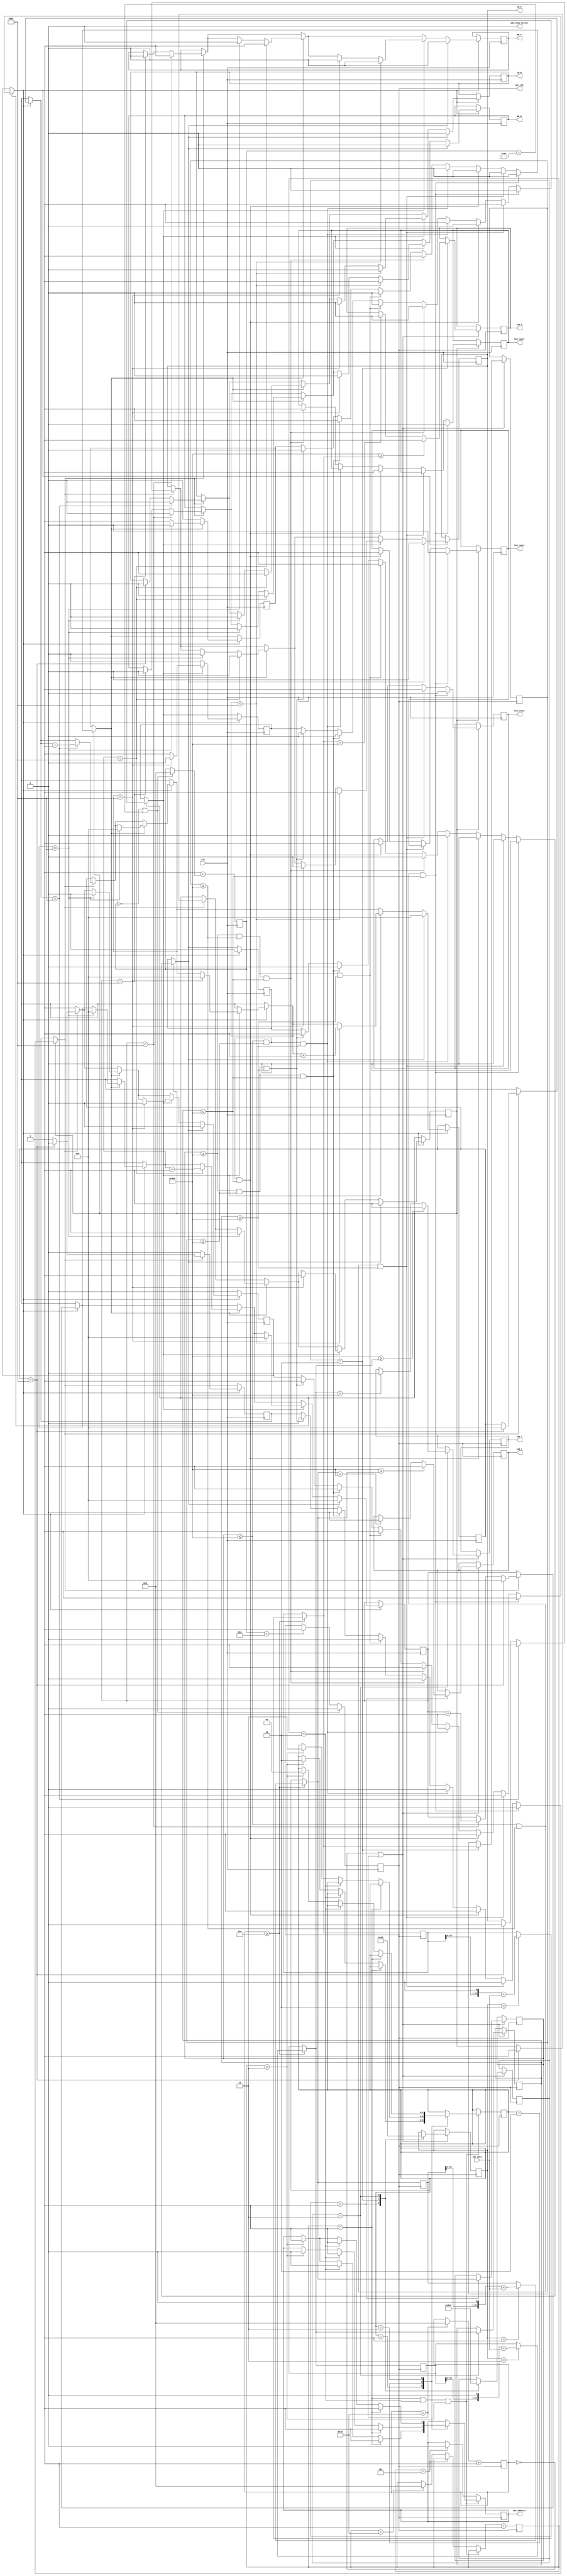

module Line_Follower (

      // GLOBAL CLOCK 
		
		input clk ,
	 
	  // ADC DATA AND ADDRESS DECLARATION  
	 
      input  adc_data ,
	   output adc_chip_select ,
	   output adc_address ,
	   output adc_clk ,	
		 
		output RW_F ,              // Right wheel front side  
		output RW_B ,					// Right wheel front side
		output LW_F ,					// Left wheel  front side
		output LW_B ,					// Left wheel  front side
		
		output led_r ,
		output led_m ,
		output led_l ,
		
		output led_test1 ,
		output led_test2 ,
		output led_test3 
		
		
	) ;


// --- ADC PARAMETERS INITALIZATION 
	
	
// ___ adc clock declarations ___ 
	
reg    [4:0]counter_25  = 5'b0 ;
reg    clk_adc          = 0    ;
assign adc_clk          = clk_adc   ;


// ___ adc chip select declarations ___ 

wire   [1:0] chip_select_adc  = 2'b0 ;
assign adc_chip_select        = chip_select_adc ;


// ___ adc address declarations ____ 

reg    address_adc            = 0 ;
assign adc_address           = address_adc ;
reg    [4:0] address_counter = 5'b00 ;

localparam 
				df_1 = 2'b01 ,
			   df_2 = 2'b10 ,
				df_3 = 2'b11 ;
				
reg [1:0]cs = df_1 ;

reg  [4:0]channel_counter = 5'b00 ;

localparam 
            channel_1 = 2'b01 ,
				channel_2 = 2'b10 ,
				channel_3 = 2'b11 ;

reg [4:0] cc = channel_1 ;


// adc data declarations 

reg [11:0] L_linesensor = 0 ; 		  // channel 5 of ADC
reg [11:0] C_linesensor = 0 ;         // channel 6 of ADC	
reg [11:0] R_linesensor = 0 ;         // channel 7 of ADC

reg [11:0] Data_ch5 = 0 ;
reg [11:0] Data_ch6 = 0 ;
reg [11:0] Data_ch7 = 0 ;

reg [11:0]Data_1 = 0; 
reg [11:0]Data_2 = 0;
reg [11:0]Data_3 = 0;

localparam 
            data_1 = 2'b01 ,
				data_2 = 2'b10 ,
				data_3 = 2'b11 ;
				
reg [1:0] cf = data_1 ;

	
	
// --- MOTOR PARAMATERS INITALIZATION 
	
reg [11:0]white_threshold 		       		=  12'b010011011010 ; // <---| > 1V 
reg [7:0]lower_dutycycle_threshold  =  0 ; // <---| 20 % 
reg [7:0]upper_dutycycle_threshold  =  0 ; // <---| 90 % 
reg [7:0]stop_dutycycle_threshold   =  0 ; // <---|  0 %

reg [7:0]pwm_counter_r = 8'b0 ;
reg [7:0]pwm_counter_l = 8'b0 ;

reg rw_f = 0 ;
reg rw_b = 0 ;
reg lw_f = 0 ;
reg lw_b = 0 ;

reg [7:0]rw_dutycycle = 0 ;
reg [7:0]lw_dutycycle = 0 ;

assign RW_F =  rw_f ;
assign RW_B =  rw_b ;
assign LW_F =  lw_f ;
assign LW_B =  lw_b ;


reg flag_normal_movement  		= 0  ;
reg flag_right_movement  	   = 0  ;
reg flag_left_movement  		= 0  ;
reg flag_stop_movement        = 0  ;
reg flag_action               = 0  ;
reg flag_decision             = 1  ;
reg flag_pwm                  = 0  ;




reg t1_led = 0 ;
reg t2_led = 0 ;
reg t3_led = 0 ;

reg r_led = 0 ;
reg m_led = 0 ;
reg l_led = 0 ;

assign led_r = r_led ;
assign led_m = m_led ;
assign led_l = l_led ;

assign led_test1 = t1_led ;
assign led_test2 = t2_led ;
assign led_test3 = t3_led ;
reg [10:0]left_thresh = 100;
reg [10:0]right_thresh = 100;




always @ (posedge clk )
begin
	
// --- 	MAIN LOOP WHICH DETECT THRESHOLD AND TAKE DECISION
			
/*      ___ OPERATION NAME ___			___ CONFIGURATION  ( L C R ) ___			___ CASE ___ 		___ ACTION ___*/     
	
// 		    OFF TRACK             				     W W W 	                           1						STOP 
//			    LEFT SHIFT							        W W B                             2						RIGHT MOVEMENT
//		     NORMAL OPERATION        			        W B W                             3						NORMAL FORWARD 
//          NOT POSSIBLE                          W B B 		                        4						STOP
//          RIGHT SHIFT				                 B W W                             5						LEFT MOVEMENT
//          NOT POSSIBLE                          B W B                             6						STOP
//          NOT POSSIBLE                          B B W  	                        7						STOP
//         NODE DETECTION 				              B B B                             8						STOP


if ( flag_decision == 1 )
begin

// CASE : 1 
	
	if ( L_linesensor <= white_threshold & C_linesensor <= white_threshold & R_linesensor <= white_threshold)
	begin 
		
		t1_led = 0;
		t2_led = 0;
		t3_led = 0;
		flag_normal_movement  		= 0  ;
		flag_right_movement  	   = 0  ;
		flag_left_movement  		   = 0  ;
		flag_stop_movement         = 0  ;
		flag_pwm                   = 1  ;
		flag_action                = 1  ;
		
	end 
	

// CASE : 2 
	
	else if ( L_linesensor <= white_threshold & C_linesensor <= white_threshold & R_linesensor >= white_threshold)
	begin
		t3_led = 1;
		flag_normal_movement  		= 0  ;
		flag_right_movement  	   = 0  ;
		flag_left_movement  		   = 1  ;
		flag_stop_movement         = 0  ;
		flag_pwm                   = 1  ;
		flag_action                = 1  ;
		
	end
	
	
// CASE : 3 
		
	else if ( L_linesensor <= white_threshold & C_linesensor >= white_threshold & R_linesensor <= white_threshold)
	begin
		t1_led = 1;
		t2_led = 1;
		t3_led = 1;
		flag_normal_movement  		= 1  ;
		flag_right_movement  	   = 0  ;
		flag_left_movement  		   = 0  ;
		flag_stop_movement         = 0  ;
		flag_pwm                   = 1  ;
		flag_action                = 1  ;
		
	end
	
	
// CASE : 4 
	
	else if ( L_linesensor <= white_threshold & C_linesensor >= white_threshold & R_linesensor >= white_threshold)
	begin
	
		flag_normal_movement  		= 0  ;
		flag_right_movement  	   = 0  ;
		flag_left_movement  		   = 1  ;
		flag_stop_movement         = 0  ;
		flag_pwm                   = 1  ;
		flag_action                = 1  ;

		
	end
	
	
// CASE : 5 
		
	else if ( L_linesensor >= white_threshold & C_linesensor <= white_threshold & R_linesensor <= white_threshold)
	begin
		t1_led = 1;
		flag_normal_movement  		= 0  ;
		flag_right_movement  	   = 1  ;
		flag_left_movement  		   = 0  ;
		flag_stop_movement         = 0  ;
		flag_pwm                   = 1  ;
		flag_action                = 1  ;
	
	end
	

// CASE : 6 
		
	else if ( L_linesensor >= white_threshold & C_linesensor <= white_threshold & R_linesensor >= white_threshold)
	begin
	
		flag_normal_movement  		= 0  ;
		flag_right_movement  	   = 0  ;
		flag_left_movement  		   = 0  ;
		flag_stop_movement         = 1  ;
		flag_pwm                   = 1  ;
		flag_action                = 1  ;

	end
	
	
// CASE : 7  
	
	else if ( L_linesensor >= white_threshold & C_linesensor >= white_threshold & R_linesensor <= white_threshold)
	begin
	
		flag_normal_movement  		= 0  ;
		flag_right_movement  	   = 1  ;
		flag_left_movement  		   = 0  ;
		flag_stop_movement         = 0  ;
		flag_pwm                   = 1  ;
		flag_action                = 1  ;
		
	end
	
	 
// CASE : 8 	
	
	else if ( L_linesensor >= white_threshold & C_linesensor >= white_threshold & R_linesensor >= white_threshold)
	begin

		flag_normal_movement  		= 0  ;
		flag_right_movement  	   = 0  ;
		flag_left_movement  		   = 0  ;
		flag_stop_movement         = 1  ;
		flag_pwm                   = 1  ;
		flag_action                = 1  ;
	
	end

end 	

	
	
// --- PART OF CODE WHICH WILL DECIDE HOW MUCH PWM TO SUPPLY TO LEFT AND RIGHT MOTORS 
	
/*      ___ FLAG RAISED ___        ___ DUTY CYCLES ___   */
 
//          stop_movement                 left  : 0 %
//                                        right : 0 %
          
//          right_movement                left  : lower dutycycle threshold ( eg  : 20 % ) 
//                                        right : upper dutycycle threshold ( eg  : 90 % )

//          left_movement                 left  :  upper dutycycle threshold ( eg : 20 % )
//                                        right :  lower dutycycle threshold ( eg : 90 % )

//          normal_movement               left  :  upper dutycycle threshold ( eg : 90 % )
//                                        right :  upper dutycycle threshold ( eg : 90 % )
 	
	
//if (flag_action == 1 )
//begin
//
//	if ( flag_stop_movement == 1 )
//	begin
//	
//		rw_dutycycle = stop_dutycycle_threshold ;
//	   lw_dutycycle = stop_dutycycle_threshold ;	
//		flag_decision              = 0  ;
//		flag_pwm                   = 1  ;
//		flag_action                = 0  ;
//	
//	end 
//	
//	
//	
//	else if (flag_right_movement == 1)
//	begin 
//	
//		rw_dutycycle = upper_dutycycle_threshold  ;
//		lw_dutycycle = lower_dutycycle_threshold  ;
//		flag_decision              = 0  ;
//		flag_pwm                   = 1  ;
//		flag_action                = 0  ;
//		
//	end 
//	
//	
//	
//	else if (flag_left_movement == 1)
//	begin 
//	
//		lw_dutycycle = upper_dutycycle_threshold  ;
//		rw_dutycycle = lower_dutycycle_threshold  ;
//		flag_decision              = 0  ;
//		flag_pwm                   = 1  ;
//		flag_action                = 0  ;
//	
//	end
//
//	
//	
//	else if (flag_right_movement == 1)
//	begin 
//	
//		rw_dutycycle = upper_dutycycle_threshold  ;
//		lw_dutycycle = upper_dutycycle_threshold  ;
//		flag_decision              = 0  ;
//		flag_pwm                   = 1  ;
//		flag_action                = 0  ;
//		
//	end 
//
//end 


if (flag_pwm == 1 )
begin 
//	t1_led = 1;
// NORMAL MOVEMENT 

		if (flag_normal_movement == 1)
		begin
		
				if (pwm_counter_r == right_thresh) 
				begin
					
					rw_f = 0 ;
					rw_b = 0 ;
				
				end
		   
				if (pwm_counter_r < right_thresh )
				begin
		
					rw_f = 1 ;
					rw_b = 0 ;
					pwm_counter_r = pwm_counter_r + 1 ;
			
				end 
		 
			 if (pwm_counter_l == left_thresh )
			 begin
		      
					lw_f = 0 ;
					lw_b = 0 ; 
					flag_normal_movement = 0 ;
					flag_pwm       =  0  ; 
					flag_action    =  0  ;
					flag_decision  =  1  ;
					pwm_counter_r  =  0  ;
					pwm_counter_l  =  0  ;
			  
			  
			end

		  if (pwm_counter_l < left_thresh )
		  begin
		      
			  lw_f = 1 ;
			  lw_b = 0 ;
			  pwm_counter_l = pwm_counter_l + 1 ;

			  
		  end 	  
		
		end

		
// RIGHT MOVEMENT 

	 if (flag_right_movement == 1)
		begin
//			t2_led = 1;
		 
		  if (pwm_counter_r == right_thresh )
		  begin
		      
			  rw_f = 0 ;
			  rw_b = 0 ; 
			  lw_f = 0 ;
			  lw_b = 0 ;
			  
			  
			  flag_right_movement = 0 ;
			  flag_pwm       =  0  ; 
			  flag_action    =  0  ;
			  flag_decision  =  1  ;
			  pwm_counter_r  =  0  ;
			  pwm_counter_l  =  0  ;
			  
		  end

		  if (pwm_counter_r < right_thresh )
		  begin
		     pwm_counter_r = pwm_counter_r + 1 ;
			  rw_f = 1 ;
			  rw_b = 0 ; 
			  lw_f = 0 ;
			  lw_b = 1 ;
			 
			  
			  
		  end 	  
		
		end
		
// LEFT MOVEMENT 

	 if (flag_left_movement == 1)
		begin
			
		 
		  if (pwm_counter_l == left_thresh )
		  begin
//		      t3_led = 1;
			  lw_f = 0 ;
			  lw_b = 0 ; 
			  rw_f = 0 ;
			  rw_b = 0 ;
			  
			  
			 flag_left_movement = 0 ;
			 flag_pwm       =  0  ; 
			 flag_action    =  0  ;
			 flag_decision  =  1  ;
			 pwm_counter_r  =  0  ;
			 pwm_counter_l  =  0  ;
			  
		  end

		  if (pwm_counter_l < left_thresh )
		  begin
		      pwm_counter_l = pwm_counter_l + 1 ;
			  rw_f = 0 ;
			  rw_b = 1 ; 
			  lw_f = 1 ;
			  lw_b = 0 ;
			 
			  
			  
		  end 	  
		
		end
		
		
// STOP MOVEMENT 

	 if (flag_stop_movement == 1)
		begin

			  lw_f = 0 ;
			  lw_b = 0 ; 
			  rw_f = 0 ;
			  rw_b = 0 ;
			 
			  flag_stop_movement = 0 ;
			  flag_pwm       =  0  ; 
			  flag_action    =  0  ;
			  flag_decision  =  1  ;
			  pwm_counter_r  =  0  ;
			  pwm_counter_l  =  0  ;
			  
			  
 		
		end
		
end 
end


// ---- 2.5 MHz clock for adc 


always @ (negedge clk )
begin	

		if ( counter_25 == 5'b0 | counter_25 == 5'b10100)
		begin

   		clk_adc     = 0    ;
			counter_25  = 5'b0 ;
			
		end 
		
		else if ( counter_25 == 5'b01010) 
		begin
	
      	clk_adc = 1 ;
		
		end
		
		counter_25 = 5'b1 + counter_25 ;

end


// ___ address of next channel ___ 

always @(negedge clk_adc)
begin

 
	if (address_counter == 5'b01 | address_counter == 5'b10 | address_counter == 5'b011)
	begin
		case (cs)
			
			df_1 : begin
			if      (address_counter == 5'b01)  begin address_adc = 1 ; end 
			else if (address_counter == 5'b10)  begin address_adc = 0 ; end 
			else if (address_counter == 5'b011) begin address_adc = 1 ; cs = df_2; end 
			       end 
					 
			df_2 : begin
			if      (address_counter == 5'b01)  begin address_adc = 1 ; end 
			else if (address_counter == 5'b10)  begin address_adc = 1 ; end 
			else if (address_counter == 5'b011) begin address_adc = 0 ; cs = df_3 ; end 
			       end 
					 
			df_3 : begin
			if      (address_counter == 5'b01)  begin address_adc = 1 ; end 
			else if (address_counter == 5'b10)  begin address_adc = 1 ; end 
			else if (address_counter == 5'b011) begin address_adc = 1 ; cs = df_1 ;end 
			      end
					

	endcase 
	end
	
	else if (address_counter == 5'b101)
	begin
	
	   address_adc = 0 ;
		
	end 
	
	else if (address_counter == 5'b10000)
	begin 
	
		address_counter = 0 ;
		
	end
	
	address_counter = address_counter + 1 ;
	
end 	



// ___ data receive and storing in global variable 


always @(negedge clk_adc)
begin

	if (channel_counter >= 5'b100)
	begin
		case (cf)
			
			data_1 : begin	
						Data_1 = Data_1 << 1 ;
						Data_1 = Data_1 + adc_data ;
			         end
			
			
			data_2 : begin	
						Data_2 = Data_2 << 1 ;
						Data_2 = Data_2 + adc_data ;
			         end
			
			data_3 : begin	
						Data_3 = Data_3 << 1 ;
						Data_3 = Data_3 + adc_data ;
			         end
			
	endcase 	
	end
	

	if (channel_counter == 5'b00 | channel_counter == 5'b10000 )
	begin
		case (cc)
		
		channel_1 : 
		            begin
		
						L_linesensor  = Data_1  ;
						cc            = channel_2 ;
						cf            = data_2 ;
						
                  if ( white_threshold >= L_linesensor )
						begin 
							r_led = 1 ;
						end
						else if( Data_1 > white_threshold )
					    	begin 
					          		r_led = 0 ;
							end
							
			
						end
						
						
		channel_2 :
						begin 
						
						C_linesensor  = Data_2  ;
						cc            = channel_3 ;
						cf            = data_3 ;
					
                  if ( white_threshold >= C_linesensor )
						begin 
							m_led = 1 ;
						end 
						else if( Data_2 > white_threshold )
					    	begin 
					          		m_led = 0 ;
							end
					
						end 
						
						
		channel_3 : 
						begin 
						
						R_linesensor  = Data_3 ;
						cc            = channel_1 ;
						cf            = data_1 ;
						
						if ( white_threshold >= R_linesensor )
						begin 
							l_led = 1 ;
						end 
						else if( Data_3 > white_threshold )
					    	begin 
					          		l_led = 0 ;
							end
				end 				
						
		endcase 
	 end
	
	
	if (channel_counter == 5'b10000)
	begin 
		channel_counter = 5'b00 ;
	end
	
	channel_counter = channel_counter + 1 ;
end
endmodule